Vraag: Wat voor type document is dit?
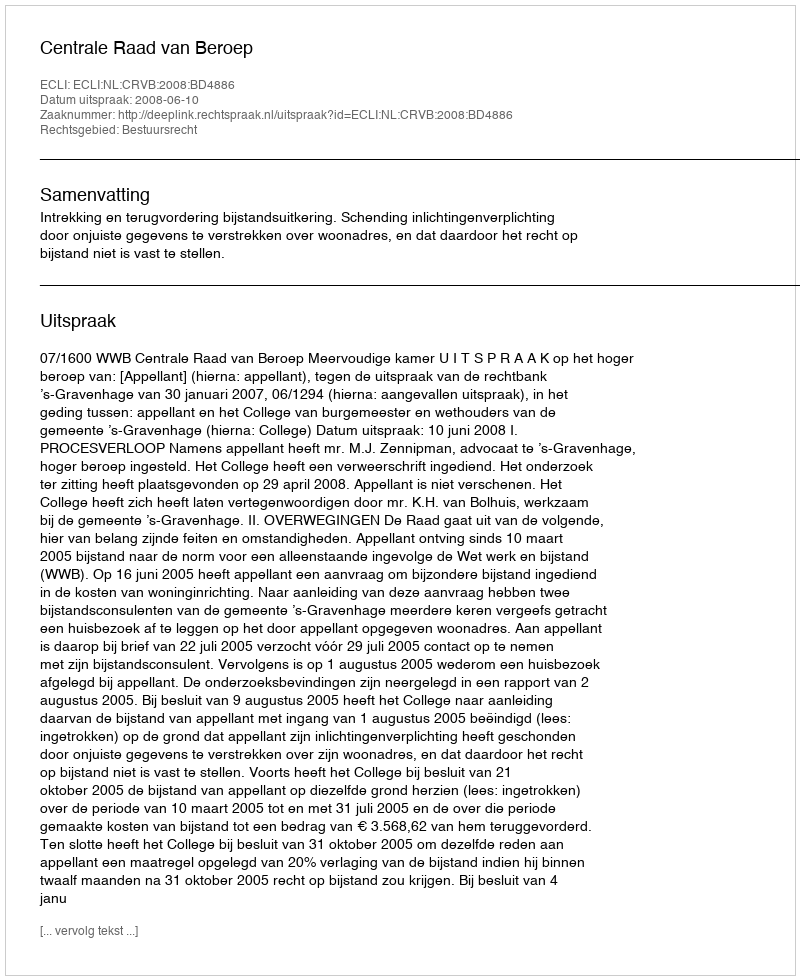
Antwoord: Uitspraak